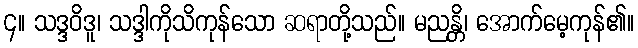
၄။ သဒ္ဒဝိဒူ၊ သဒ္ဒါကိုသိကုန်သော ဆရာတို့သည်။ မညန္တိ၊ အောက်မေ့ကုန်၏။